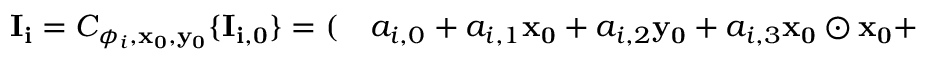
\begin{array} { r l } { \mathbf { I _ { i } } = C _ { \phi _ { i } , \mathbf { x _ { 0 } } , \mathbf { y _ { 0 } } } \{ \mathbf { I _ { i , 0 } } \} = ( } & { { } a _ { i , 0 } + a _ { i , 1 } \mathbf { x _ { 0 } } + a _ { i , 2 } \mathbf { y _ { 0 } } + a _ { i , 3 } \mathbf { x _ { 0 } \odot x _ { 0 } } + } \end{array}